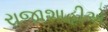
રાજાશાહીએ